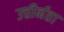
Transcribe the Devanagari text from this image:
उत्तीर्नता